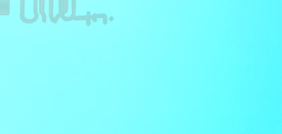
بيع وشراء الإلكترونيات ال